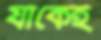
যাঁকেই